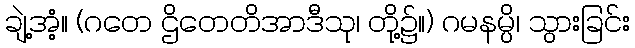
ချဲ့အံ့။ (ဂတေ ဌိတေတိအာဒီသု၊ တို့၌။) ဂမနမ္ပိ၊ သွားခြင်း